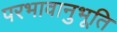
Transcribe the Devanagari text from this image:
परभावानुभूति